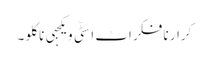
کرار نا فکر اٹ اسٹّی ویکجہی نا کلو ۔